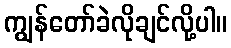
ကျွန်တော်ခဲလိုချင်လို့ပါ။